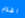
افلام